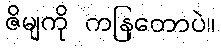
ဇိမျကို ကနြတောပဲ။